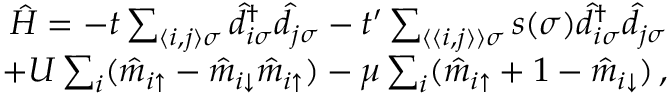
\begin{array} { r } { \hat { H } = - t \sum _ { \langle i , j \rangle \sigma } \hat { d } _ { i \sigma } ^ { \dagger } \hat { d } _ { j \sigma } - t ^ { \prime } \sum _ { \langle \langle i , j \rangle \rangle \sigma } s ( \sigma ) \hat { d } _ { i \sigma } ^ { \dagger } \hat { d } _ { j \sigma } } \\ { + U \sum _ { i } ( \hat { m } _ { i \uparrow } - \hat { m } _ { i \downarrow } \hat { m } _ { i \uparrow } ) - \mu \sum _ { i } ( \hat { m } _ { i \uparrow } + 1 - \hat { m } _ { i \downarrow } ) \, , } \end{array}